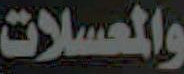
والمعسلات